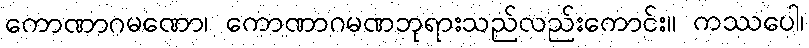
ကောဏာဂမဏော၊ ကောဏာဂမဏဘုရားသည်လည်းကောင်း။ ကဿပေါ၊